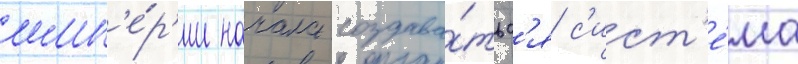
имп'е́р'ии начала создава́тьс'я с'ист'е́ма